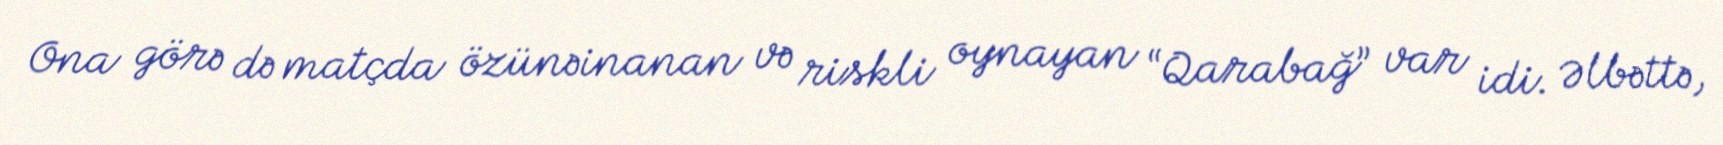
Ona görə də matçda özünəinanan və riskli oynayan “Qarabağ” var idi. Əlbəttə,